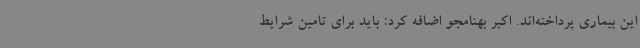
این بیماری پرداخته‌اند. اکبر بهنامجو اضافه کرد: باید برای تامین شرایط